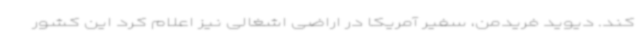
کند. دیوید فریدمن، سفیر آمریکا در اراضی اشغالی نیز اعلام کرد این کشور